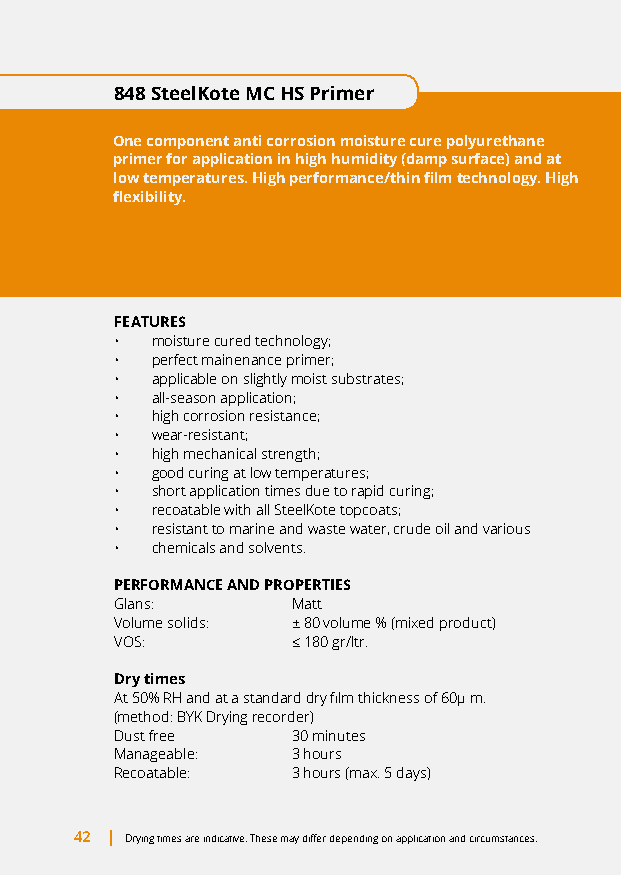
848 SteelKote MC HS Primer
 One component anti corrosion moisture cure polyurethane
 primer for application in high humidity (damp surface) and at
 low temperatures. High performance/thin film technology. High
 flexibility.
 FEATURES
 • moisture cured technology;
 • perfect mainenance primer;
 • applicable on slightly moist substrates;
 • all-season application;
 • high corrosion resistance;
 • wear-resistant;
 • high mechanical strength;
 • good curing at low temperatures;
 • short application times due to rapid curing;
 • recoatable with all SteelKote topcoats;
 • resistant to marine and waste water, crude oil and various
 • chemicals and solvents.
 PERFORMANCE AND PROPERTIES
 Glans:     Matt
 Volume solids: ± 80 volume % (mixed product)
 VOS:       ≤ 180 gr/ltr.
 Dry times
 At 50% RH and at a standard dry film thickness of 60μ m.
 (method: BYK Drying recorder)
 Dust free  30 minutes
 Manageable: 3 hours
 Recoatable: 3 hours (max. 5 days)
 42 | Drying times are indicative. These may differ depending on application and circumstances.